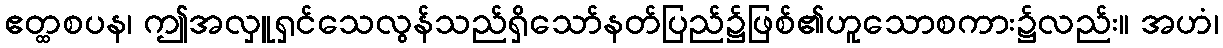
ဧတ္ထစပန၊ ဤအလှူရှင်သေလွန်သည်ရှိသော်နတ်ပြည်၌ဖြစ်၏ဟူသောစကား၌လည်း။ အဟံ၊